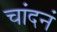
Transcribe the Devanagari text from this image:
चांदनं